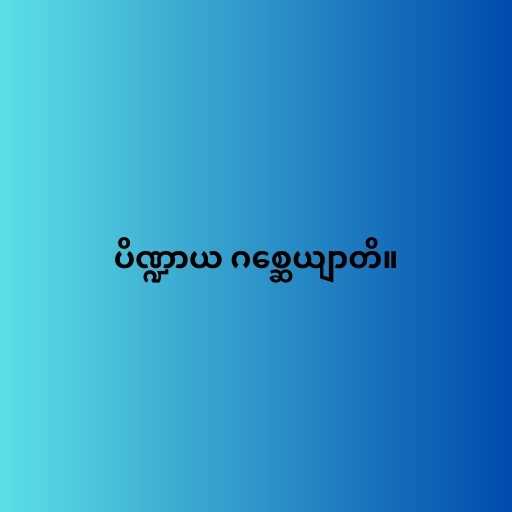
ပိဏ္ဍာယ ဂစ္ဆေယျာတိ။